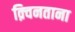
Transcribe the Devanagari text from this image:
क़्विनताना